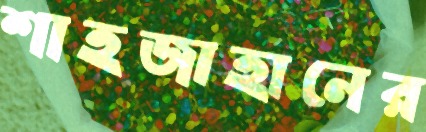
শাহজাহানের